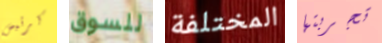
كرئيس للسوق المختلفة تجربتها